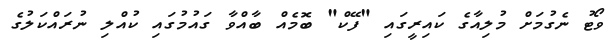
ވޯޓު ނެގުމަށް މުލިއާގެ ކައިރީގައި "ފޭކް" ބޮމެއް ބާއްވާ ގައުމުގައި ކުއްލި ނުރައްކަލުގެ